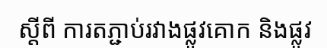
ស្តីពី ការតភ្ជាប់រវាងផ្លូវគោក និងផ្លូវ